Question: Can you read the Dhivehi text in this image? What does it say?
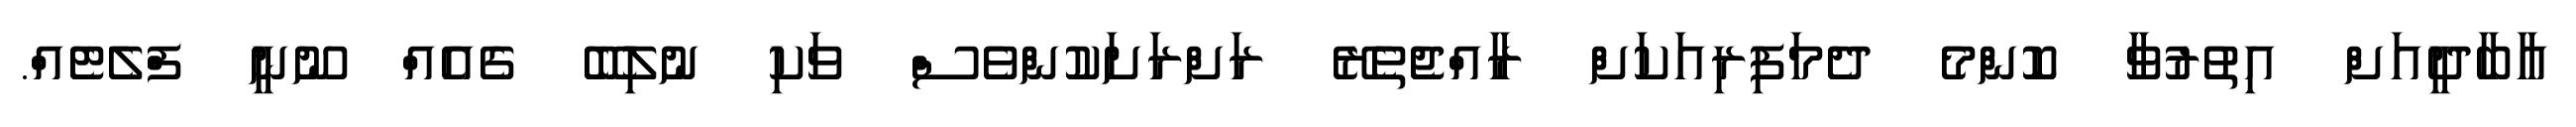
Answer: އާބާދީއަށް އިތުރުވާ ކޮންމެ ދެމަފިރިއަކަށް ރާއްޖެތެރޭ ރަށްރަށަކުންވެސް ވަކި ނުލިބޭ ގެއެއް ނޫނީ ފްލެޓެއް.